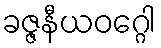
ခဇ္ဇနီယဝဂ္ဂေါ